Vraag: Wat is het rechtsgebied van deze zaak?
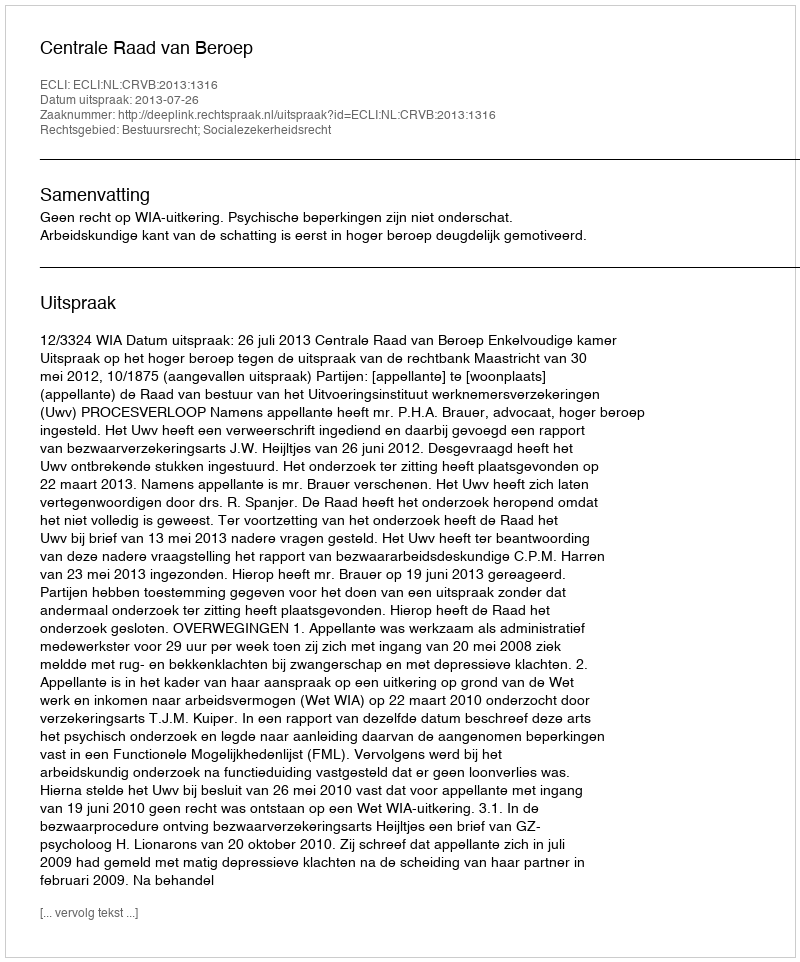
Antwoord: Bestuursrecht; Socialezekerheidsrecht